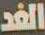
الغد